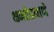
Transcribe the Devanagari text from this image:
क्षमतेप्रमाणे